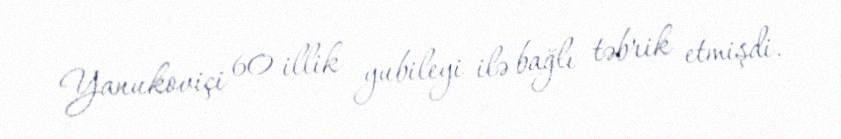
Yanukoviçi 60 illik yubileyi ilə bağlı təbrik etmişdi.